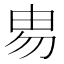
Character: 𰢻